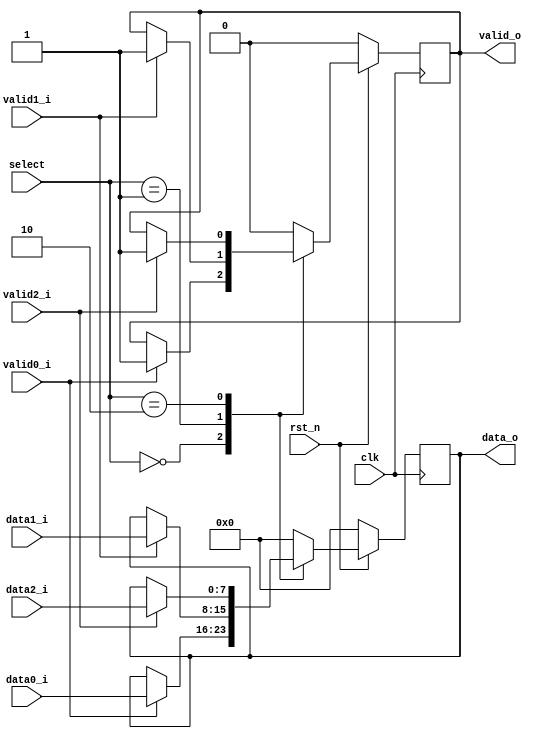
`timescale 1ns / 1ps
//////////////////////////////////////////////////////////////////////////////////
// Company: 
// Engineer: 
// 
// Design Name: 
// Module Name:    mux 
// Project Name: 
// Target Devices: 
// Tool versions: 
// Description: 
//
// Dependencies: 
//
// Revision: 
// Revision 0.01 - File Created
// Additional Comments: 
//
//////////////////////////////////////////////////////////////////////////////////
module mux #(
		parameter D_WIDTH = 8
	)(
		// Clock and reset interface
		input clk,
		input rst_n,
		
		//Select interface
		input[1:0] select,
		
		// Output interface
		output reg[D_WIDTH - 1 : 0] data_o,
		output reg						 valid_o,
				
		//output interfaces
		input [D_WIDTH - 1 : 0] 	data0_i,
		input   							valid0_i,
		
		input [D_WIDTH - 1 : 0] 	data1_i,
		input   							valid1_i,
		
		input [D_WIDTH - 1 : 0] 	data2_i,
		input     						valid2_i
    );
	
		always@(posedge clk) begin
		
			if(!rst_n)begin
				data_o <= 0;
				valid_o <= 0;
			end
			
			else begin
			
			case(select)
				2'b00: begin
					if(valid0_i)begin
						data_o <= data0_i;
						valid_o <= 1;
					end
				end
				
				2'b01: begin
				
				if(valid1_i)begin
					data_o <= data1_i;
					valid_o <= 1;
				end
				
				end
				
				2'b10: begin
				
				if(valid2_i)begin
					data_o <= data2_i;
					valid_o <= 1;
				end
				end
				
				default: begin
					valid_o <= 0;
					data_o <= 0;
				end
			
			
			
			endcase
	
			end
		end

endmodule